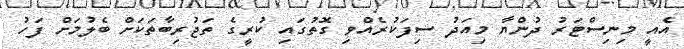
އެއީ މިނިސްޓަރު ދުންޔާ މިއަދު ސިފަކުރެއްވި ގޮތުގައި ކުރީގެ ތަޖުރިބާތަކަށް ބެލުމަށް ފަހު